Madras plague regulations in force outside the Presidency town - Volume 3
Disease focus: Plague
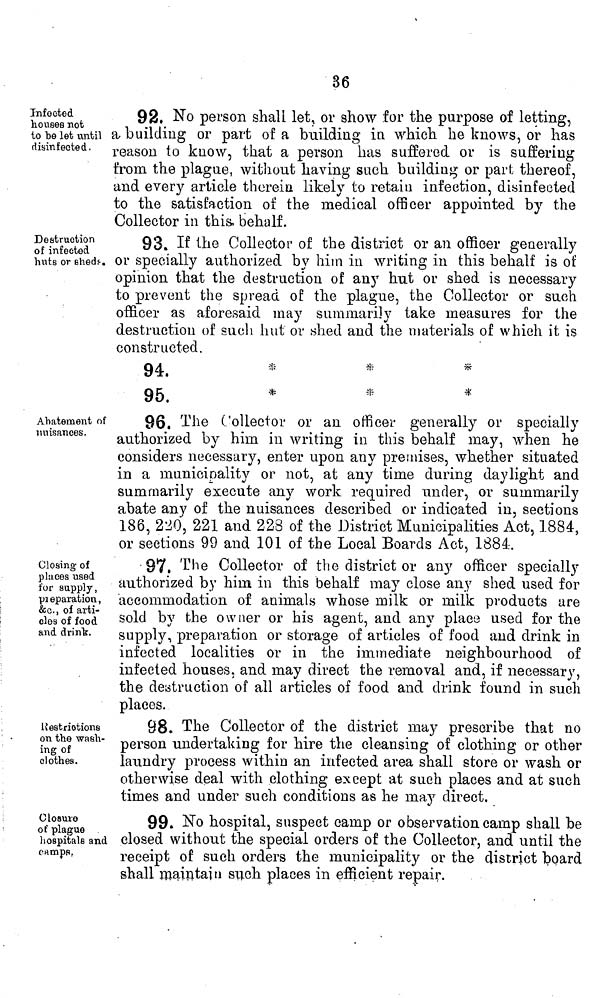
36
Infected
houses not
to be let until
disinfected.
92. No person shall let, or show for the purpose of letting,
a building or part of a building in which he knows, or has
reason to know, that a person has suffered or is suffering
from the plague, without having such building or part thereof,
and every article therein likely to retain infection, disinfected
to the satisfaction of the medical officer appointed by the
Collector in this, behalf.
Destruction
of infected
huts or sheds-.
93. If the Collector of the district or an officer generally
or specially authorized by him in writing in this behalf is of
opinion that the destruction of any hut or shed is necessary
to prevent the spread of the plague, the Collector or such
officer as aforesaid may summarily take measures for the
destruction of such hut or shed and the materials of which it is
constructed.
94.
*
*
*
95.
*
*
*
Abatement of
nuisances.
96. The Collector or an officer generally or specially
authorized by him in writing in this behalf may, when he
considers necessary, enter upon any premises, whether situated
in a municipality or not, at any time during daylight and
summarily execute any work required under, or summarily
abate any of the nuisances described or indicated in, sections
186, 220, 221 and 228 of the District Municipalities Act, 1884,
or sections 99 and 101 of the Local Boards Act, 1884.
Closing of
places used
for supply,
pr eparation,
&c., of arti-
cles of food
and drink.
97. The Collector of the district or any officer specially
authorized by him in this behalf may close any shed used for
accommodation of animals whose milk or milk products are
sold by the owner or his agent, and any place used for the
supply, preparation or storage of articles of food and drink in
infected localities or in the immediate neighbourhood of
infected houses, and may direct the removal and, if necessary,
the destruction of all articles of food and drink found in such
places.
Restrictions
on the wash-
ing of
clothes.
98, The Collector of the district may prescribe that no
person undertaking for hire the cleansing of clothing or other
laundry process within an infected area shall store or wash or
otherwise deal with clothing except at such places and at such
times and under such conditions as he may direct.
Closure
of plague
hospitals and
camps,
99. No hospital, suspect camp or observation camp shall be
closed without the special orders of the Collector, and until the
receipt of such orders the municipality or the district board
shall maintain such places in efficient repair.